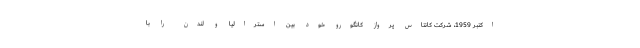
اکتبر 1959، شرکت کانتاس پرواز کانگورو خود بین استرالیا و لندن را با